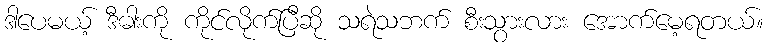
ဒါပေမယ့် ဒီဓါးကို ကိုင်လိုက်ပြီဆို သရဲသဘက် စီးသွားလား အောက်မေ့ရတယ်။